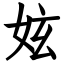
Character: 妶